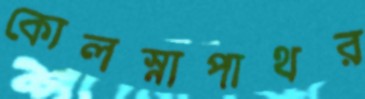
কোলস্নাপাথর